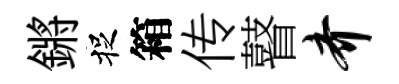
鏘捉箱传瞽齐